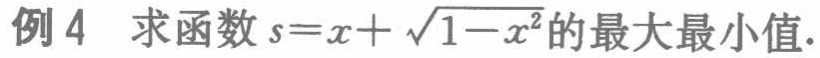
例4 求函数\(s = x+\sqrt{1 - x^{2}}\)的最大最小值.